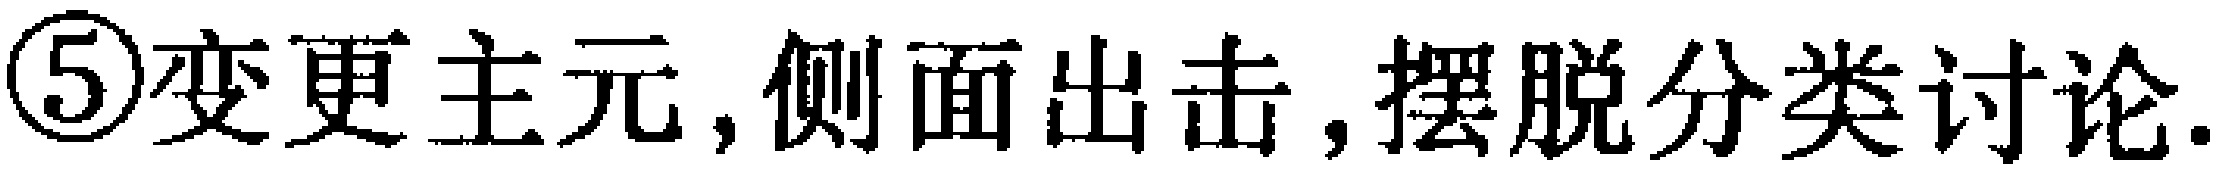
\textcircled{5}变更主元,侧面出击,摆脱分类讨论.